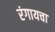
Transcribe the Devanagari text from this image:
रंगायचा